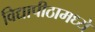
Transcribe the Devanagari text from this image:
विद्यापीठामध्‍ये